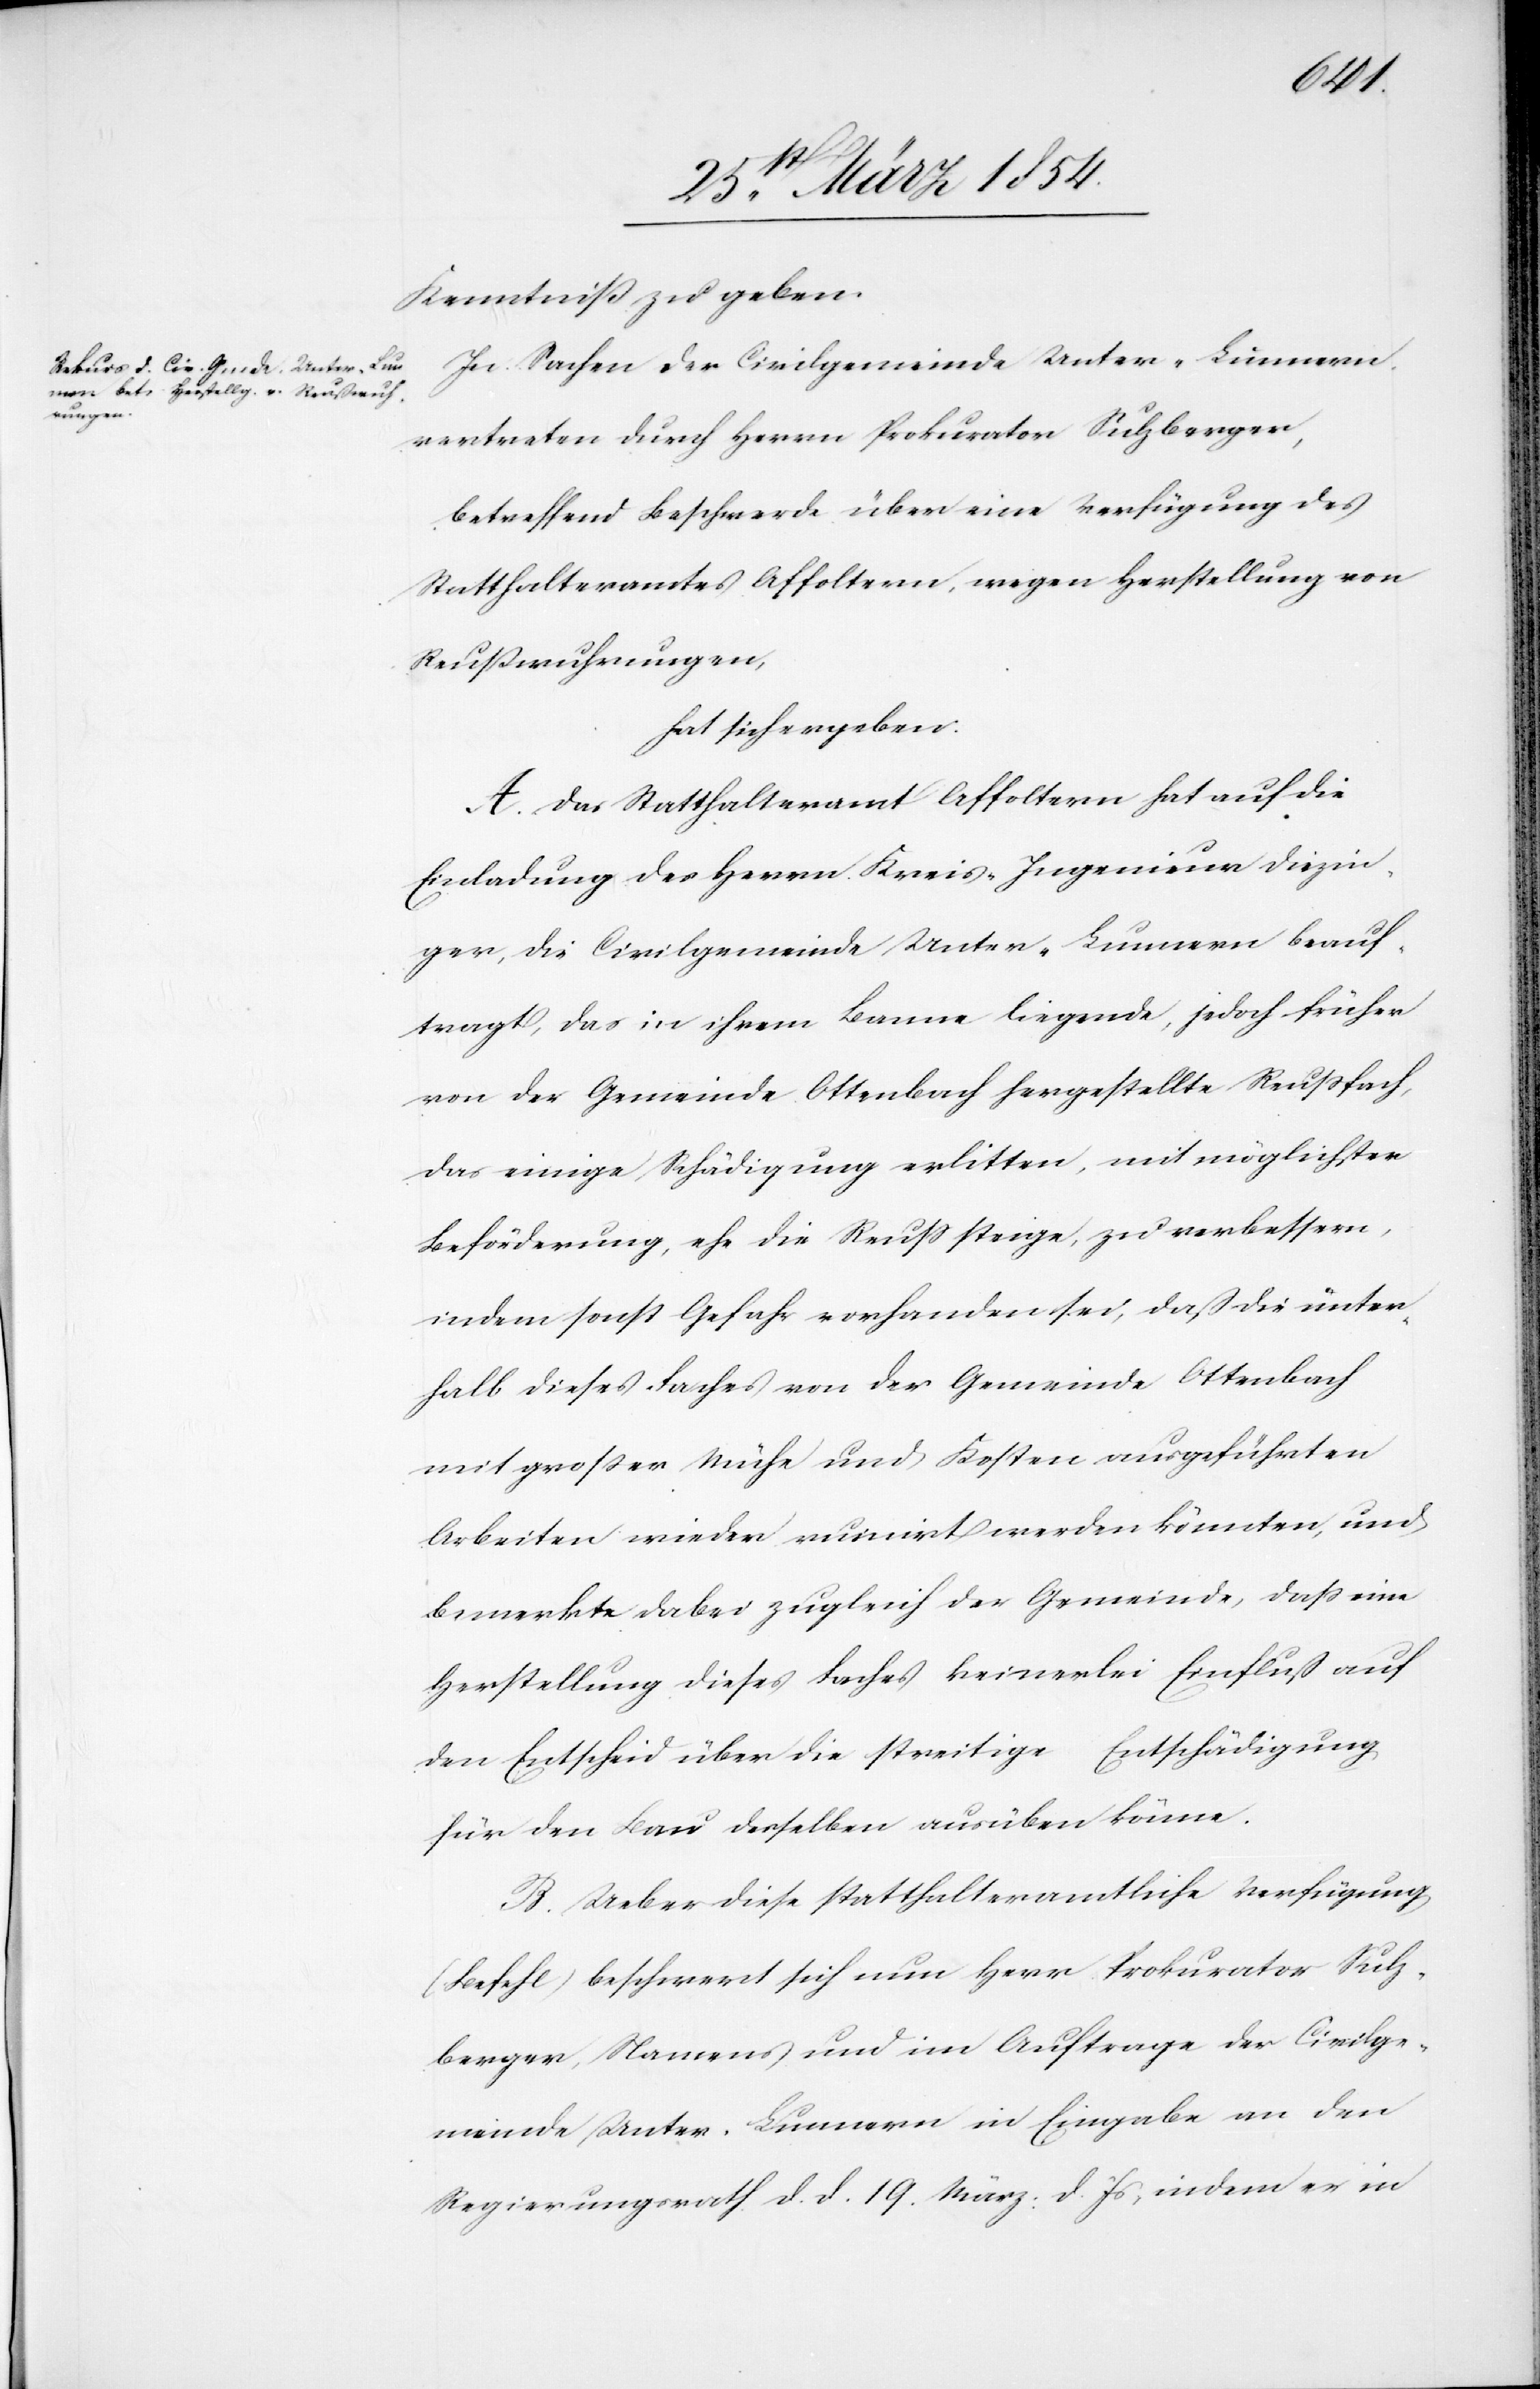
Kenntniß zu geben.
In Sachen der Civilgemeinde Unter-Lunnern,
vertreten durch Herrn Prokurator Sulzberger,
betreffend Beschwerde über eine Verfügung des
Statthalteramtes Affoltern, wegen Herstellung von
Reußwuhrungen,
hat sich ergeben:
A. Das Statthalteramt Affoltern hat auf die
Einladung des Herrn Kreis-Ingenieur Diezin¬
ger, die Civilgemeinde Unter-Lunnern beauf¬
tragt, das in ihrem Banne liegende, jedoch früher
von der Gemeinde Ottenbach hergestellte Reußfach,
das einige Schädigung erlitten, mit möglichster
Beförderung, ehe die Reuß steige, zu verbessern,
indem sonst Gefahr vorhanden sei, daß die unter¬
halb dieses Faches von der Gemeinde Ottenbach
mit großer Mühe und Kosten ausgeführten
Arbeiten wieder ruinirt werden könnte, und
bemerkte dabei zugleich der Gemeinde, daß eine
Herstellung dieses Faches keinerlei Einfluß auf
den Entscheid über die streitige Entschädigung
für den Bau derselben ausüben könne.
B. Ueber diese statthalteramtliche Verfügung
(Befehl) beschwert sich nun Herr Prokurator Sulz¬
berger, Namens und im Auftrage der Civilge¬
meinde Unter-Lunnern in Eingabe an den
Regierungsrath d. d. 19. März. d. Js, indem er in